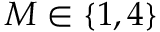
M \in \left\{ 1 , 4 \right\}